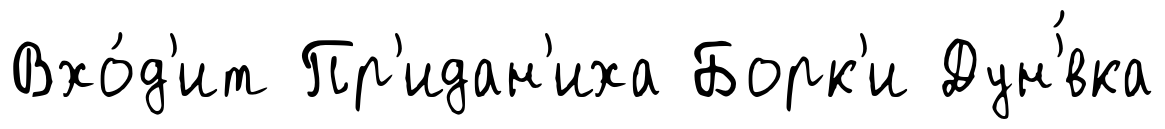
Вхо́д'ит Пр'идан'иха Борк'и Дун'́вка